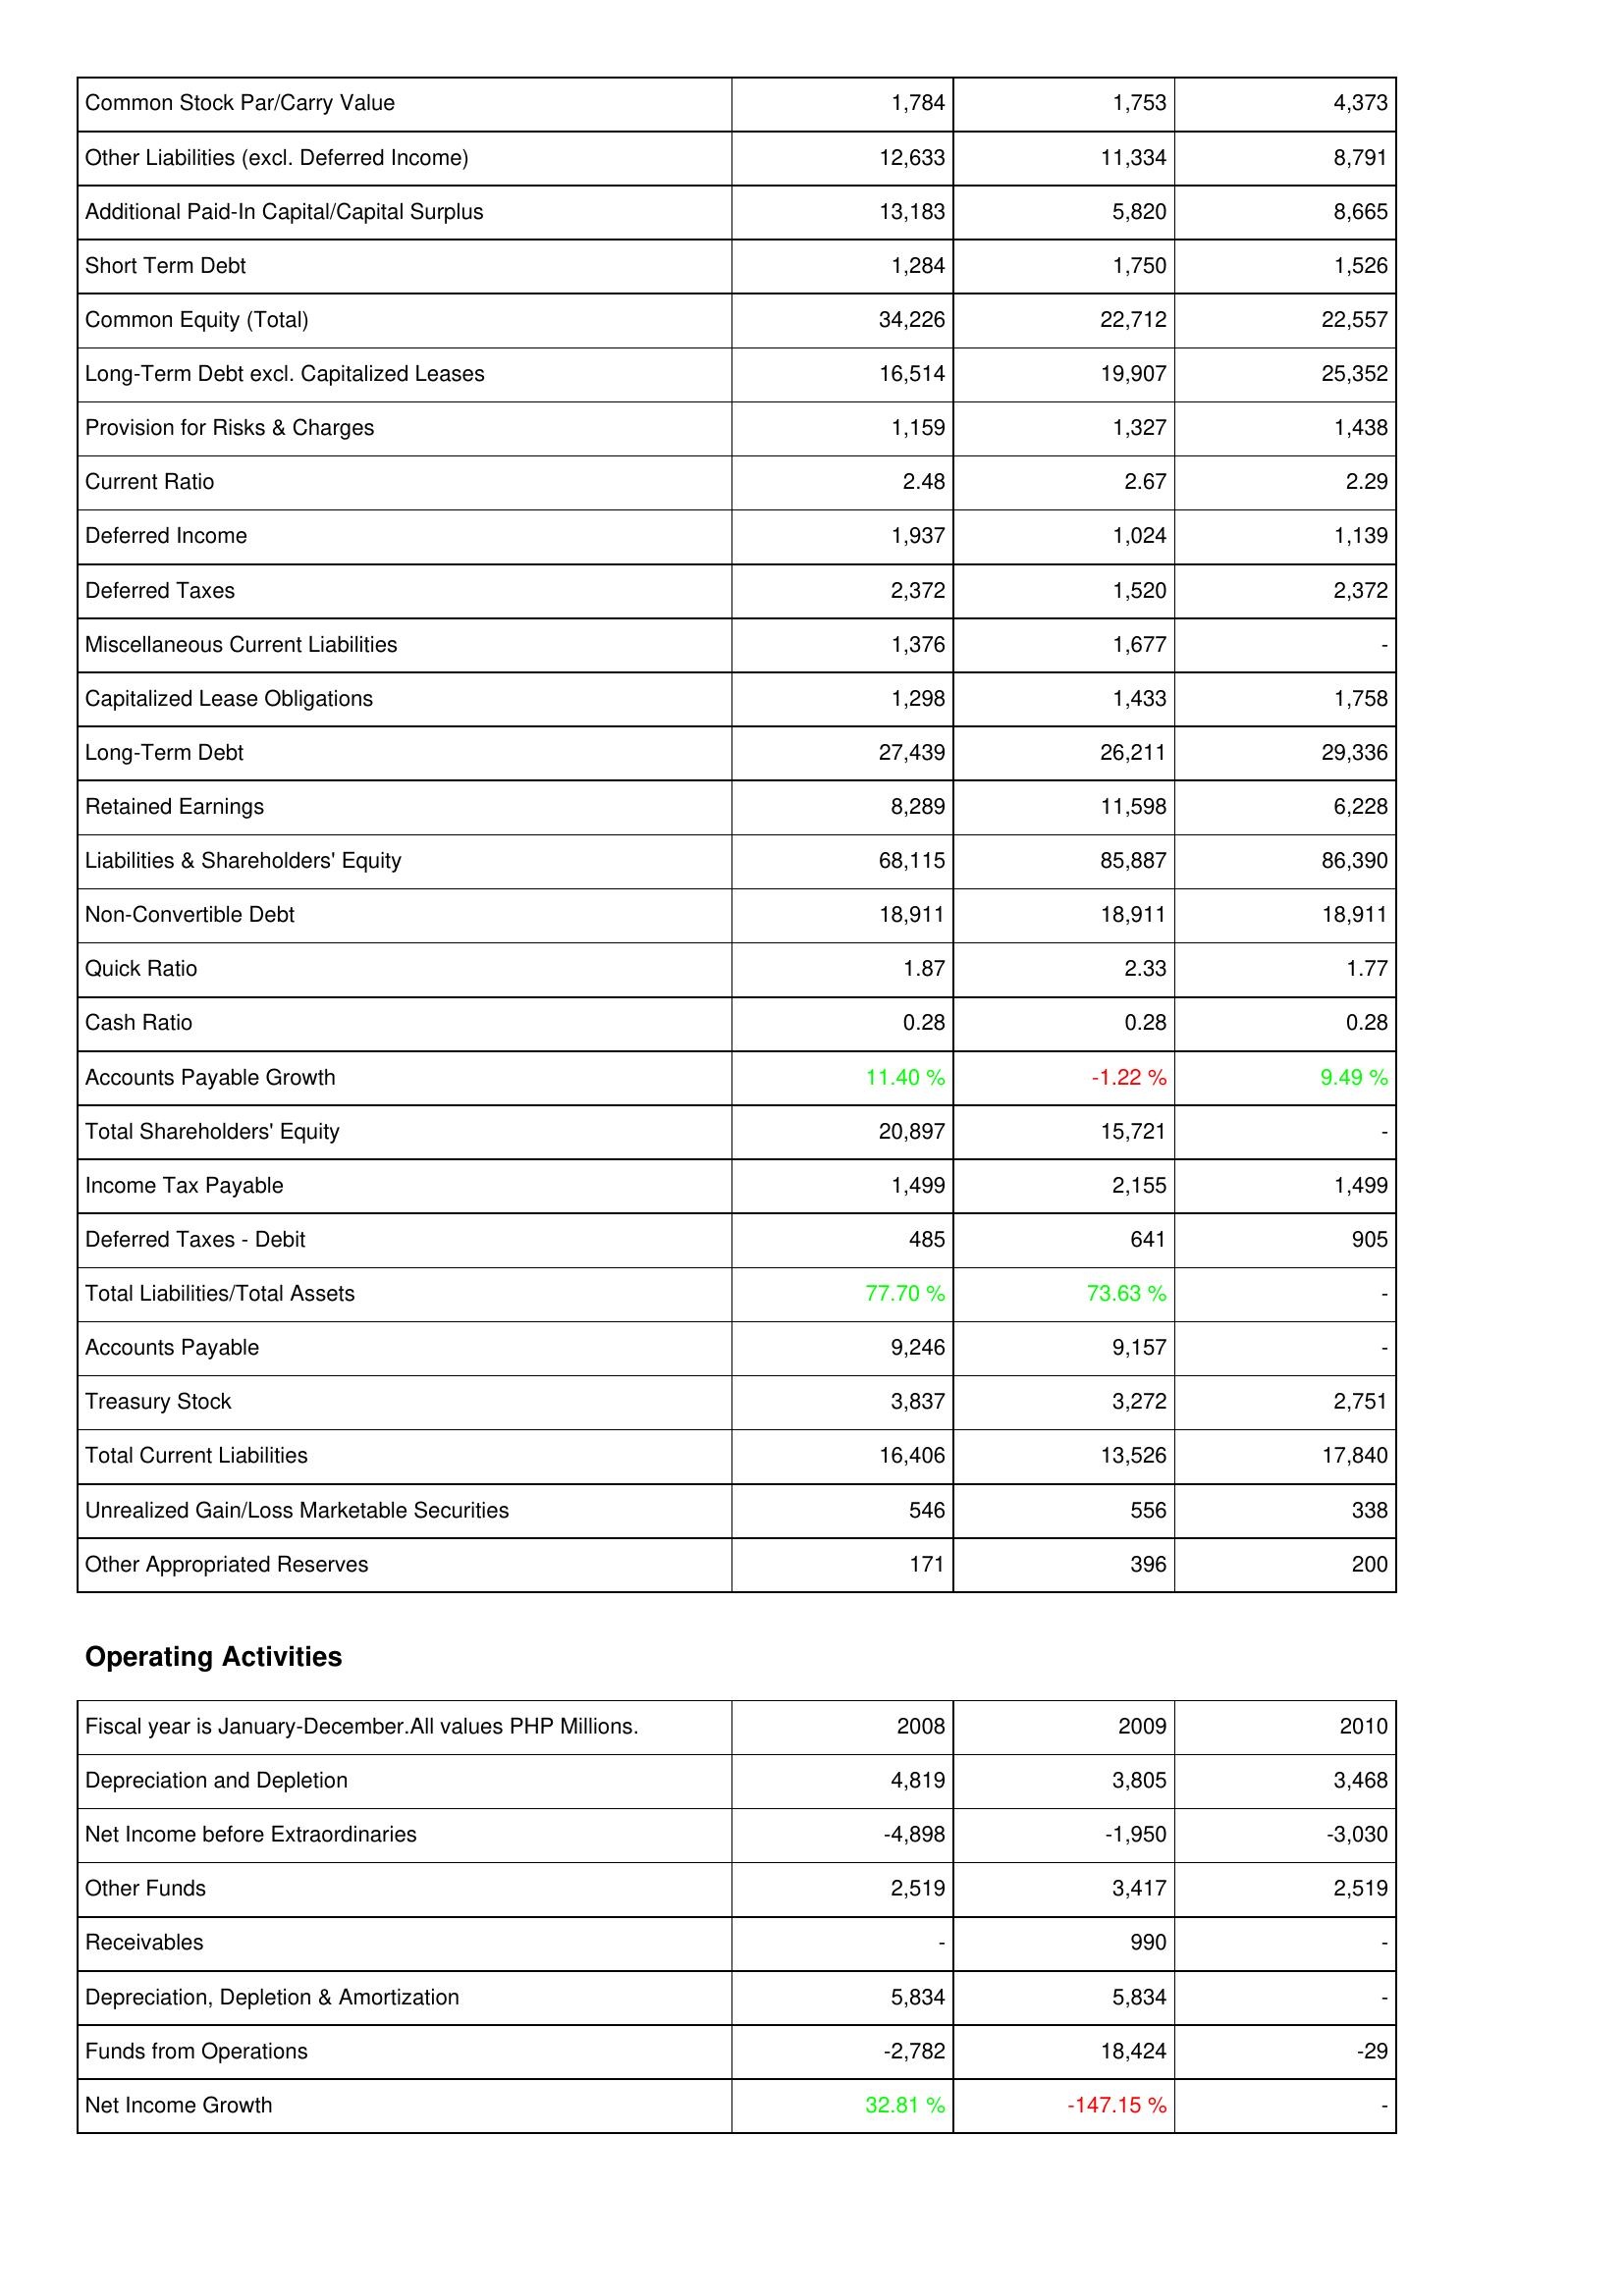
2008: Liabilities & Shareholders' Equity: Common Stock Par/Carry Value: 1,784
Other Liabilities (excl. Deferred Income): 12,633
Additional Paid-In Capital/Capital Surplus: 13,183
Short Term Debt: 1,284
Common Equity (Total): 34,226
Long-Term Debt excl. Capitalized Leases: 16,514
Provision for Risks & Charges: 1,159
Current Ratio: 2.48
Deferred Income: 1,937
Deferred Taxes: 2,372
Miscellaneous Current Liabilities: 1,376
Capitalized Lease Obligations: 1,298
Long-Term Debt: 27,439
Retained Earnings: 8,289
Liabilities & Shareholders' Equity: 68,115
Non-Convertible Debt: 18,911
Quick Ratio: 1.87
Cash Ratio: 0.28
Accounts Payable Growth: 11.40 %
Total Shareholders' Equity: 20,897
Income Tax Payable: 1,499
Deferred Taxes - Debit: 485
Total Liabilities/Total Assets: 77.70 %
Accounts Payable: 9,246
Treasury Stock: 3,837
Total Current Liabilities: 16,406
Unrealized Gain/Loss Marketable Securities: 546
Other Appropriated Reserves: 171
Operating Activities: Depreciation and Depletion: 4,819
Net Income before Extraordinaries: -4,898
Other Funds: 2,519
Receivables: -
Depreciation, Depletion & Amortization: 5,834
Funds from Operations: -2,782
Net Income Growth: 32.81 %
2009: Liabilities & Shareholders' Equity: Common Stock Par/Carry Value: 1,753
Other Liabilities (excl. Deferred Income): 11,334
Additional Paid-In Capital/Capital Surplus: 5,820
Short Term Debt: 1,750
Common Equity (Total): 22,712
Long-Term Debt excl. Capitalized Leases: 19,907
Provision for Risks & Charges: 1,327
Current Ratio: 2.67
Deferred Income: 1,024
Deferred Taxes: 1,520
Miscellaneous Current Liabilities: 1,677
Capitalized Lease Obligations: 1,433
Long-Term Debt: 26,211
Retained Earnings: 11,598
Liabilities & Shareholders' Equity: 85,887
Non-Convertible Debt: 18,911
Quick Ratio: 2.33
Cash Ratio: 0.28
Accounts Payable Growth: -1.22 %
Total Shareholders' Equity: 15,721
Income Tax Payable: 2,155
Deferred Taxes - Debit: 641
Total Liabilities/Total Assets: 73.63 %
Accounts Payable: 9,157
Treasury Stock: 3,272
Total Current Liabilities: 13,526
Unrealized Gain/Loss Marketable Securities: 556
Other Appropriated Reserves: 396
Operating Activities: Depreciation and Depletion: 3,805
Net Income before Extraordinaries: -1,950
Other Funds: 3,417
Receivables: 990
Depreciation, Depletion & Amortization: 5,834
Funds from Operations: 18,424
Net Income Growth: -147.15 %
2010: Liabilities & Shareholders' Equity: Common Stock Par/Carry Value: 4,373
Other Liabilities (excl. Deferred Income): 8,791
Additional Paid-In Capital/Capital Surplus: 8,665
Short Term Debt: 1,526
Common Equity (Total): 22,557
Long-Term Debt excl. Capitalized Leases: 25,352
Provision for Risks & Charges: 1,438
Current Ratio: 2.29
Deferred Income: 1,139
Deferred Taxes: 2,372
Miscellaneous Current Liabilities: -
Capitalized Lease Obligations: 1,758
Long-Term Debt: 29,336
Retained Earnings: 6,228
Liabilities & Shareholders' Equity: 86,390
Non-Convertible Debt: 18,911
Quick Ratio: 1.77
Cash Ratio: 0.28
Accounts Payable Growth: 9.49 %
Total Shareholders' Equity: -
Income Tax Payable: 1,499
Deferred Taxes - Debit: 905
Total Liabilities/Total Assets: -
Accounts Payable: -
Treasury Stock: 2,751
Total Current Liabilities: 17,840
Unrealized Gain/Loss Marketable Securities: 338
Other Appropriated Reserves: 200
Operating Activities: Depreciation and Depletion: 3,468
Net Income before Extraordinaries: -3,030
Other Funds: 2,519
Receivables: -
Depreciation, Depletion & Amortization: -
Funds from Operations: -29
Net Income Growth: -